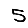
Digit: 5